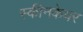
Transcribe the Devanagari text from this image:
स्कीनकेयर